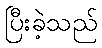
ပြီးခဲ့သည်